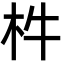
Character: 㭌